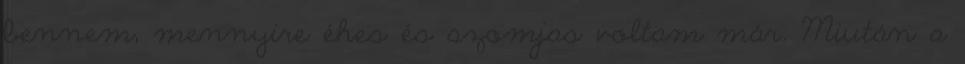
bennem, mennyire éhes és szomjas voltam már. Miután a